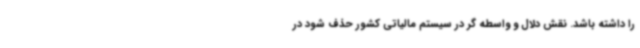
را داشته باشد. نقش دلال و واسطه گر در سیستم مالیاتی کشور حذف شود در